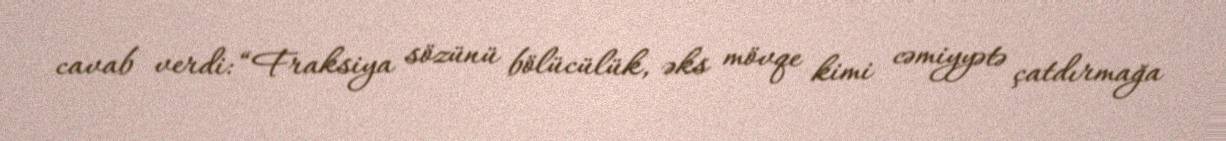
cavab verdi: “Fraksiya sözünü bölücülük, əks mövqe kimi cəmiyyətə çatdırmağa